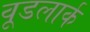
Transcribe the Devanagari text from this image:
वूडलार्क